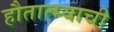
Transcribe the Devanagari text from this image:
हौतात्म्याची